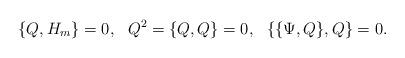
LaTeX: \begin{align*}\{Q,H_{m}\}=0,~~Q^{2}=\{Q,Q\}=0,~~\{\{\Psi,Q\},Q\}=0.\end{align*}